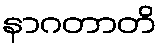
နာဂတာတိ